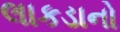
લાકડાનો